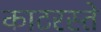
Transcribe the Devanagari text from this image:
काटरस्ते